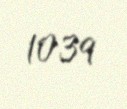
1039